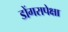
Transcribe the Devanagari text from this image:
डोंगरापेक्षा